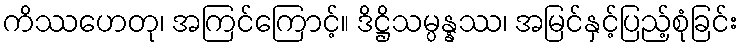
ကိဿဟေတု၊ အကြင်ကြောင့်။ ဒိဋ္ဌိသမ္ပန္နဿ၊ အမြင်နှင့်ပြည့်စုံခြင်း